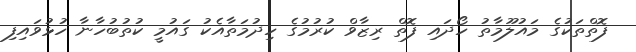
ފޮތްތަކުގެ މައުލޫމާތު ހޯދައި ފޮތް ރިޒާވް ކުރުމުގެ ހިދުމަތާއެކު ގައުމީ ކުތުބުހާނާ ހުޅުވައިފި